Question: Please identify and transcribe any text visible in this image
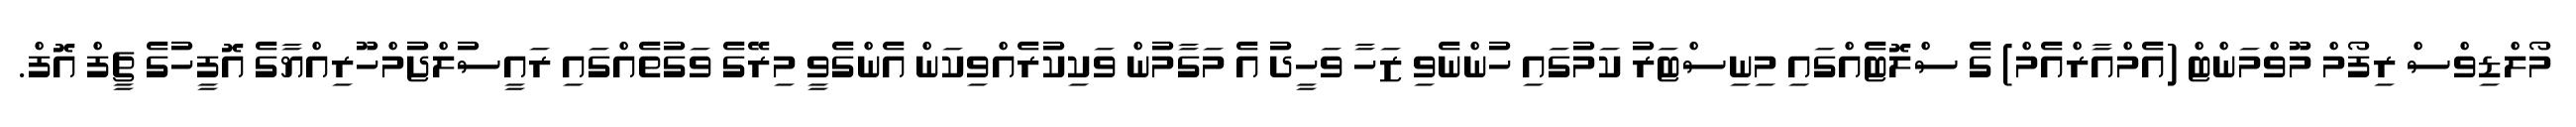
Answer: މޯލްޑިވްސް ރިފޯމް މޫވްމަންޓް (އެމްއާރްއެމް) ގެ ސްލޮޓެއްގައި މިނިސްޓަރު ކަމުގައި ހުންނެވި ޒަހާ ވަހީދު އެ މަގާމުން ވަކިކުރެއްވިކަން އެންގެވީ މިރޭގެ ވަގުތެއްގައި ރައީސުލްޖުމްހޫރިއްޔާގެ އޮފީހުގެ ޗީފް އޮފް.